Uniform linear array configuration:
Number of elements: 16
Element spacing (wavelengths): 0.25
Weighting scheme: hamming
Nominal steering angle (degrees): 60
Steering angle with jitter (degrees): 60.983
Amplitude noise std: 0.05
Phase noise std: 0.05

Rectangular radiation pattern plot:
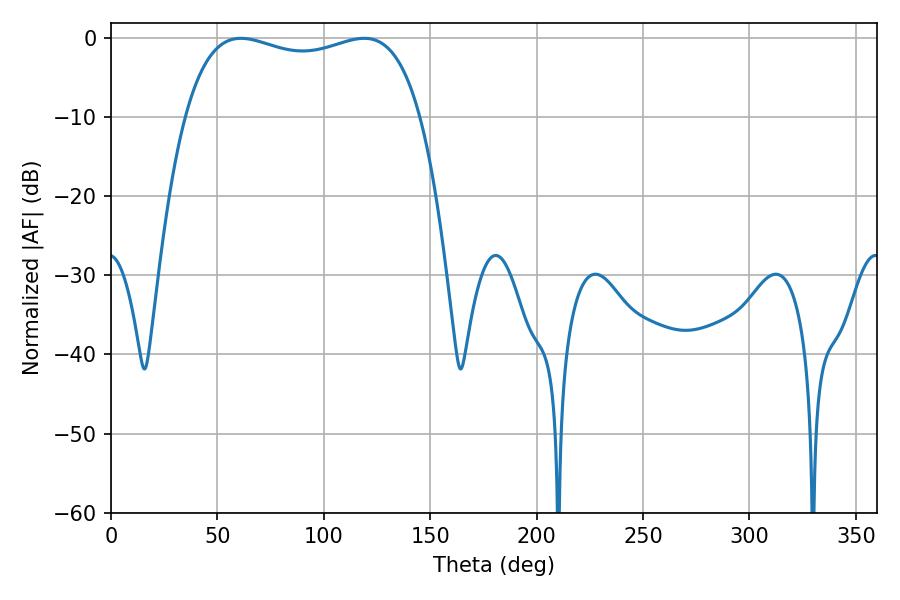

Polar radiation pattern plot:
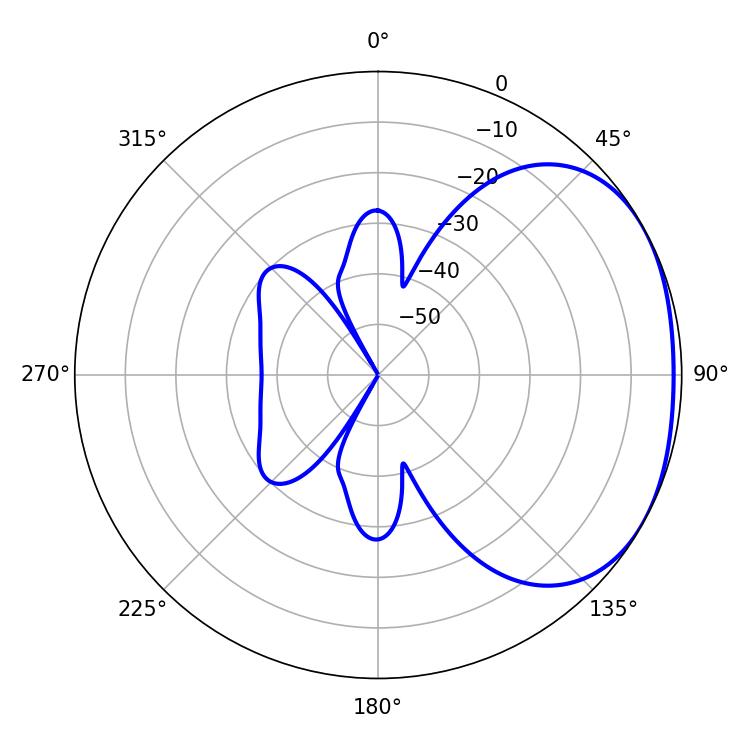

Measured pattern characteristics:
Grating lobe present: FALSE
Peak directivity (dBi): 2.058
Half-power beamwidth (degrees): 90.36
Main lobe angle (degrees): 61.02